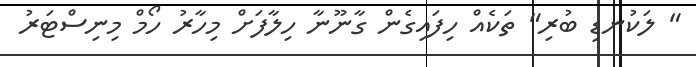
" ލަކުނޑި ބުރި" ތަކެއް ހިފައިގެން ގާނޫނާ ހިލާފަށް މިހާރު ހޯމް މިނިސްޓަރު